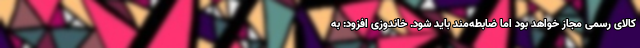
کالای رسمی مجاز خواهد بود اما ضابطه‌مند باید شود. خاندوزی افزود: به